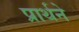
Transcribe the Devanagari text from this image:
प्रार्थने